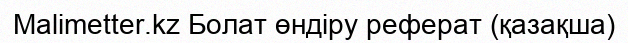
Malimetter.kz Болат өндіру реферат (қазақша)